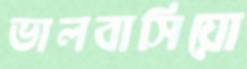
ভালবাসিয়ো